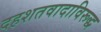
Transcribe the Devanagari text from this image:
दहशतवादाविरूद्ध